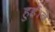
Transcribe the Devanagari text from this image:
हुई।वे